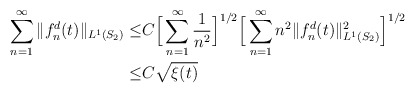
\begin{align*}\sum_{n=1}^{\infty}\Vert f_n^d(t)\Vert_{L^{1}(S_2)}\leq &C \Big[\sum_{n=1}^{\infty}\dfrac{1}{n^2}\Big]^{1/2}\Big[\sum_{n=1}^{\infty}n^2\Vert f_n^d(t)\Vert_{L^{1}(S_2)}^2\Big]^{1/2}\\\leq &C \sqrt{\xi (t)}\end{align*}